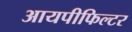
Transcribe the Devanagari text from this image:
आयपीफिल्टर